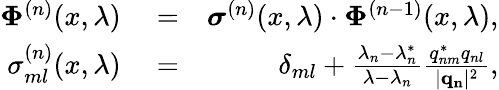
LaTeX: \begin{array}{rlr}{\mathbf{\Phi}^{(n)}(x,\lambda)}&{{}=}&{\boldsymbol{\sigma}^{(n)}(x,\lambda)\cdot\mathbf{\Phi}^{(n-1)}(x,\lambda),}\\ {\sigma_{ml}^{(n)}(x,\lambda)}&{{}=}&{\delta_{ml}+\frac{\lambda_{n}-\lambda_{n}^{*}}{\lambda-\lambda_{n}}\frac{q_{nm}^{*}q_{nl}}{|\mathbf{q_{n}}|^{2}},}\end{array}